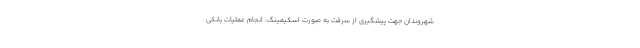
شهروندان جهت پیشگیری از سرقت به صورت اسکیمینگ، انجام عملیات بانکی